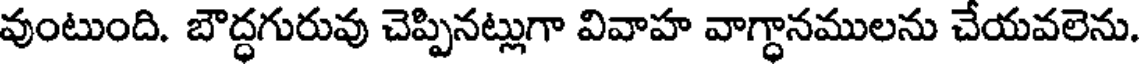
వుంటుంది. బౌద్ధగురువు చెప్పినట్లుగా వివాహ వాగ్ధానములను చేయవలెను.